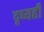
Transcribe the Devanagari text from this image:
दृष्यही